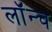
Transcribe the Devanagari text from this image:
लॉंन्च